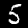
Label: 5